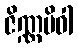
ဇိဏ္ဏမိဝါ